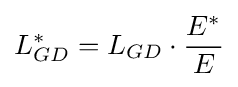
L_{GD}^{*}=L_{GD}\cdot {\frac {E^{*}}{E}}